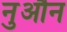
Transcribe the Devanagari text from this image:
नुऔन